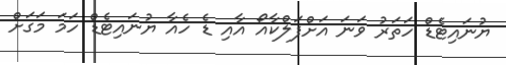
ޔުނައިޓެޑް ހަތަރު ވަނަ އަށްފަލްކާއޯ އާއި ޑެ ހެއާ ޔުނައިޓެޑް ހަމަ މަގަށް